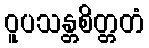
ဝူပသန္တစိတ္တတံ